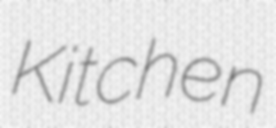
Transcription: Kitchen